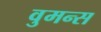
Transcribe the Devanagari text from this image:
वुमन्स